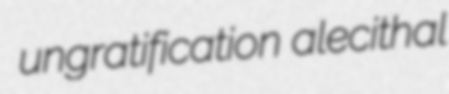
ungratification alecithal